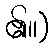
၏။)